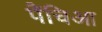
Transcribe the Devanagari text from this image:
पैंचिआ